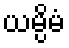
ယမ္ပိမံ